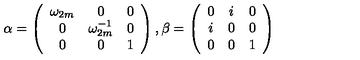
\alpha = \left( \begin{array} { c c c } { \omega _ { 2 m } } & { 0 } & { 0 } \\ { 0 } & { \omega _ { 2 m } ^ { - 1 } } & { 0 } \\ { 0 } & { 0 } & { 1 } \\ \end{array} \right) , \beta = \left( \begin{array} { c c c } { 0 } & { i } & { 0 } \\ { i } & { 0 } & { 0 } \\ { 0 } & { 0 } & { 1 } \\ \end{array} \right)